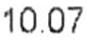
10.07